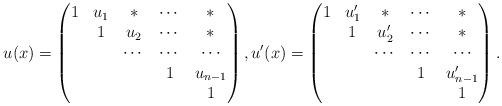
LaTeX: \begin{align*} u(x)= \begin{pmatrix} 1 & u_1 & * &\cdots & *\\ & 1 & u_2 & \cdots & *\\ && \cdots & \cdots & \cdots \\ &&& 1 & u_{n-1} \\ &&&&1 \end{pmatrix}, u'(x)= \begin{pmatrix} 1 & u_1' & * & \cdots & *\\ & 1 & u_2' & \cdots & *\\ && \cdots & \cdots & \cdots \\ &&& 1 & u_{n-1}' \\ &&&&1 \end{pmatrix}.\end{align*}